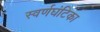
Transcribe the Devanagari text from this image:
स्वर्णघंटिका